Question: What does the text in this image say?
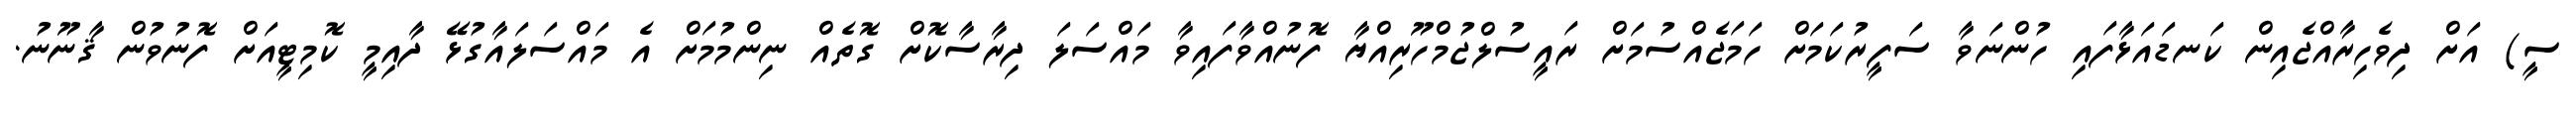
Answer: ސީ) އަށް ދިވެހިރާއްޖެއިން ކަނޑައަޅާފައި ހުންނަވާ ސަފީރުކަމަށް ހަމަޖެއްސުމަށް ރައީސުލްޖުމްހޫރިއްޔާ ފޮނުއްވާފައިވާ މައްސަލަ ދިރާސާކޮށް ގޮތެއް ނިންމުމަށް އެ މައްސަލައާގުޅޭ ދާއިމީ ކޮމިޓީއަށް ފޮނުވުން ޤާނޫނު.